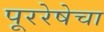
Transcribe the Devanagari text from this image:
पूररेषेचा